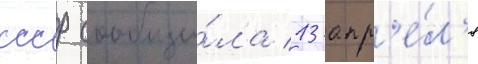
ссср сообщи́ла 13 апр'е́л'я